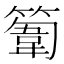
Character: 𥲾